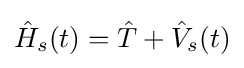
{\hat {H}}_{s}(t)={\hat {T}}+{\hat {V}}_{s}(t)